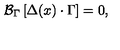
{ \cal B } _ { \Gamma } \left[ \Delta ( x ) \cdot \Gamma \right] = 0 ,